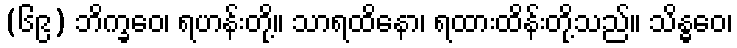
(၆၉) ဘိက္ခဝေ၊ ရဟန်းတို့။ သာရထိနော၊ ရထားထိန်းတို့သည်။ သိန္ဓဝေ၊